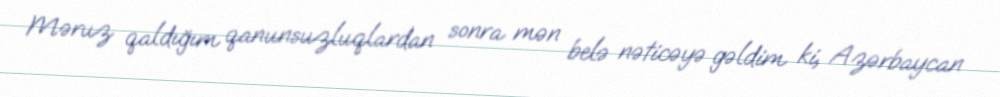
Məruz qaldığım qanunsuzluqlardan sonra mən belə nəticəyə gəldim ki, Azərbaycan